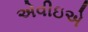
એવીઇએ